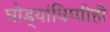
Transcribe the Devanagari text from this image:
घोड्यांविष्यीही